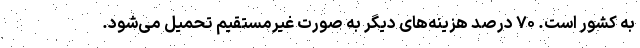
به کشور است. ۷۰ درصد هزینه‌های دیگر به صورت غیرمستقیم تحمیل می‌شود.